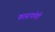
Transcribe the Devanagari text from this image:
काढायचेही